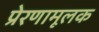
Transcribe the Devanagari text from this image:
प्रेरणामूलक